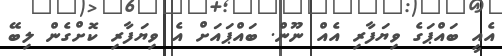
އެއީ ބައްޕަގެ ވިޔަފާރި އެއް ނޫން. ބައްޕައަށް އެ ވިޔަފާރި ކޮށްގެން ލިބޭ